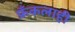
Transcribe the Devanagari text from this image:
फ्रँकलाही